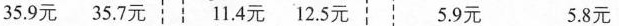
35.9元35.7元11.4元12.5元 5.9元 5.8元